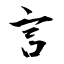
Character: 言